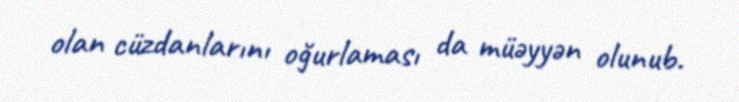
olan cüzdanlarını oğurlaması da müəyyən olunub.